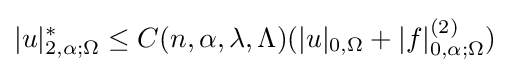
|u|_{2,\alpha ;\Omega }^{*}\leq C(n,\alpha ,\lambda ,\Lambda )(|u|_{0,\Omega }+|f|_{0,\alpha ;\Omega }^{(2)})